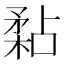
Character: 𥎁